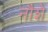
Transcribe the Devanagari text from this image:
नौशे